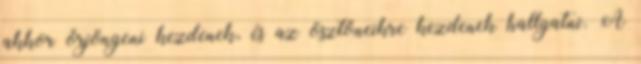
akkor őrjöngeni kezdenek, és az ösztöneikre kezdenek hallgatni. A